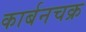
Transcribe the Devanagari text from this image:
कार्बनचक्र